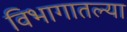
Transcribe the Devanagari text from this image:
विभागातल्या